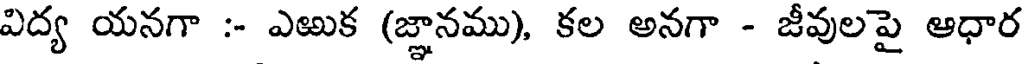
విద్య యనగా :- ఎఱుక (జ్ఞానము), కల అనగా - జీవులపై ఆధార